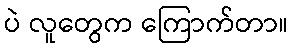
ပဲ လူတွေက ကြောက်တာ။